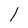
Character: 1